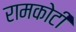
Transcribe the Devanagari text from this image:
रामकोटी